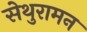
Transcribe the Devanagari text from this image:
सेथुरामन